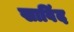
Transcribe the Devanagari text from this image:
खाविंद